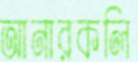
আনারকলি